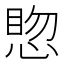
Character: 𪬊